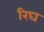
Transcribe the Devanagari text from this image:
रिघ